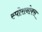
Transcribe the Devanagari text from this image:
स्पोरानोक्स